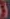
)